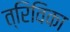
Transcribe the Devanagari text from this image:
त्रिविका